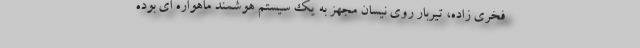
فخری زاده، تیربار روی نیسان مجهز به یک سیستم هوشمند ماهواره ای بوده